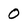
Character: 0